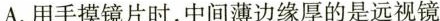
A.用手摸镜片时，中间薄边缘厚的是远视镜